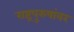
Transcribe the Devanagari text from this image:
राष्ट्रपुरुषांवर